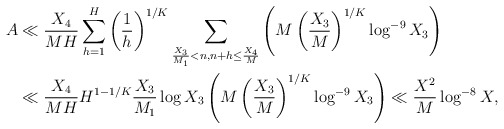
\begin{align*}A &\ll \frac{X_4}{MH}\sum_{h=1}^H \left( \frac{1}{h} \right)^{1/K} \sum_{\frac{X_3}{M_1} < n, n+h \leq \frac{X_4}{M}} \left(M \left(\frac{X_3}{M}\right)^{1/K} \log^{-9} X_3 \right)\\ &\ll \frac{X_4}{MH} H^{1- 1/K} \frac{X_3}{M_1} \log X_3 \left(M \left(\frac{X_3}{M}\right)^{1/K} \log^{-9} X_3 \right) \ll \frac{X^2}{M} \log^{-8} X,\end{align*}